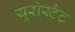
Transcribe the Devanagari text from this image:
यूरोस्टैट